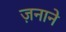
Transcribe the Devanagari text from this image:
ज़नाने